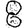
Digit: 8